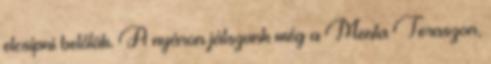
elcsípni belőlük. A nyáron játszunk még a Menta Teraszon,